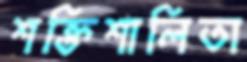
শক্তিশালিতা